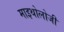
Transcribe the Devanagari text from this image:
माइथोलोजी